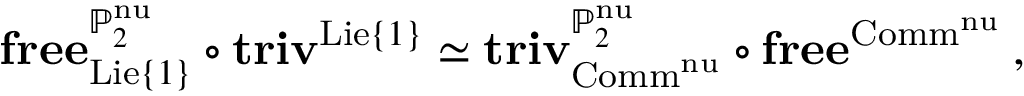
\mathbf { f r e e } _ { \mathrm { L i e } \{ 1 \} } ^ { \mathbb { P } _ { 2 } ^ { \mathrm { n u } } } \circ \mathbf { t r i v } ^ { \mathrm { L i e } \{ 1 \} } \simeq \mathbf { t r i v } _ { \mathrm { C o m m } ^ { \mathrm { n u } } } ^ { \mathbb { P } _ { 2 } ^ { \mathrm { n u } } } \circ \mathbf { f r e e } ^ { \mathrm { C o m m } ^ { \mathrm { n u } } } \: ,